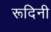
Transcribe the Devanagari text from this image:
रूदिनी